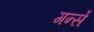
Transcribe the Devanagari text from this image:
गर्न्से